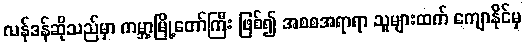
လန်ဒန်ဆိုသည်မှာ ကမ္ဘာ့မြို့တော်ကြီး ဖြစ်၍ အစစအရာရာ သူများထက် ကျောနိုင်မှ